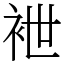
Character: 袣